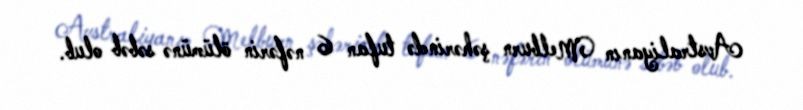
Avstraliyanın Melburn şəhərində tufan 6 nəfərin ölümünə səbəb olub.